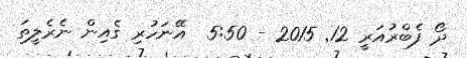
ދޯ ފެބްރުއަރީ 12